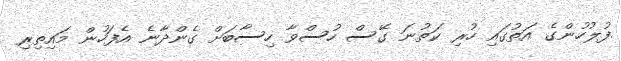
.ފުލުހުންގެ އަތުގައި ހުރި ކަތުނަ ގޭސް ހުސްވާ ހިސާބަށް ގެންދާނެ އެފަހުން މައިތިރި